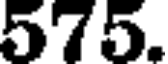
575.